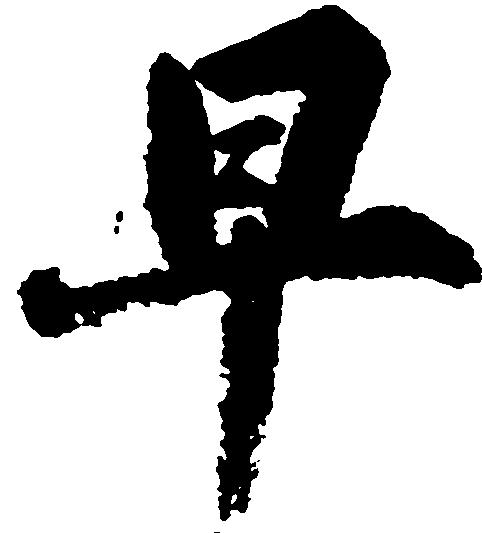
早